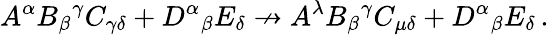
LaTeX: A^{\alpha}B_{\beta}{}^{\gamma}C_{\gamma\delta}+D^{\alpha}{}_{\beta}{}E_{\delta}\nrightarrow A^{\lambda}B_{\beta}{}^{\gamma}C_{\mu\delta}+D^{\alpha}{}_{\beta}{}E_{\delta}\, .